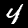
Digit: 4